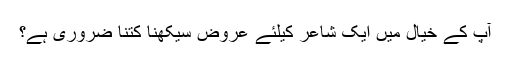
آپ کے خیال میں ایک شاعر کیلئے عروض سیکھنا کتنا ضروری ہے؟